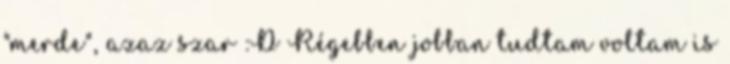
"merde", azaz szar :D Régebben jobban tudtam voltam is